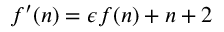
f ^ { \prime } ( n ) = \epsilon f ( n ) + n + 2